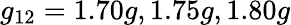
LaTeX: g_{12}=1.70g,1.75g,1.80g